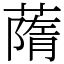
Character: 䔺